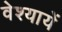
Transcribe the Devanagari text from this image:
वेश्यायें